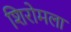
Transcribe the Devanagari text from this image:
शिरोमला